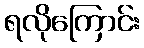
ရလိုကြောင်း